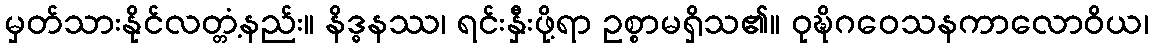
မှတ်သားနိုင်လတ္တံ့နည်း။ နိဒ္ဓနဿ၊ ရင်းနှီးဖို့ရာ ဥစ္စာမရှိသ၏။ ဝုဍ္ဎိဂဝေသနကာလောဝိယ၊